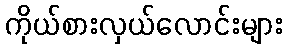
ကိုယ်စားလှယ်လောင်းများ